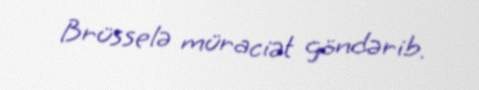
Brüsselə müraciət göndərib.